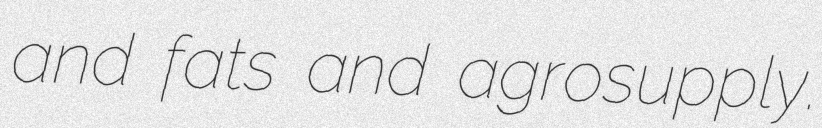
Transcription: and fats and agrosupply.